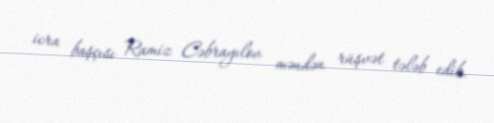
icra başçısı Ramiz Cəbrayılov məndən rüşvət tələb edib.